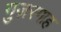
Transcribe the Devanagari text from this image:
गुज़रगाह